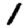
Digit: 1